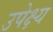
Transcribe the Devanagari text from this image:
उपेक्ष्य